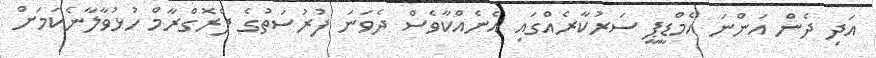
އަދި ދެން އަންނަ އެމްޑީޕީ ސަރުކާރެއްގައި އެނެއްކާވެސް ދެވަނަ ފުރުސަތުގެ ޕްރޮގްރާމް ހުޅުވާލާނެކަމަށް